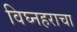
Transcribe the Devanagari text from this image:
विघ्नहराचा